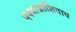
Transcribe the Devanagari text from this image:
पक्वान्नाशिवाय